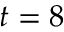
t = 8